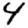
Digit: 4